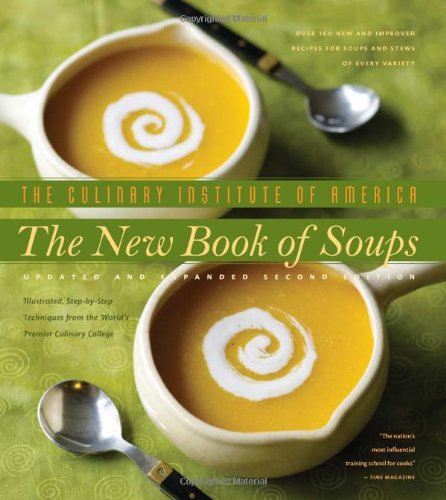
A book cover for The New Book of Soups; The Culinary Institute of America; Cookbooks, Food & Wine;